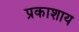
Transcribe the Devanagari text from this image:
प्रकाशाय